Vaccination United Provinces of Agra and Oudh 1902-1913 - 1902-1913
Year: 1902
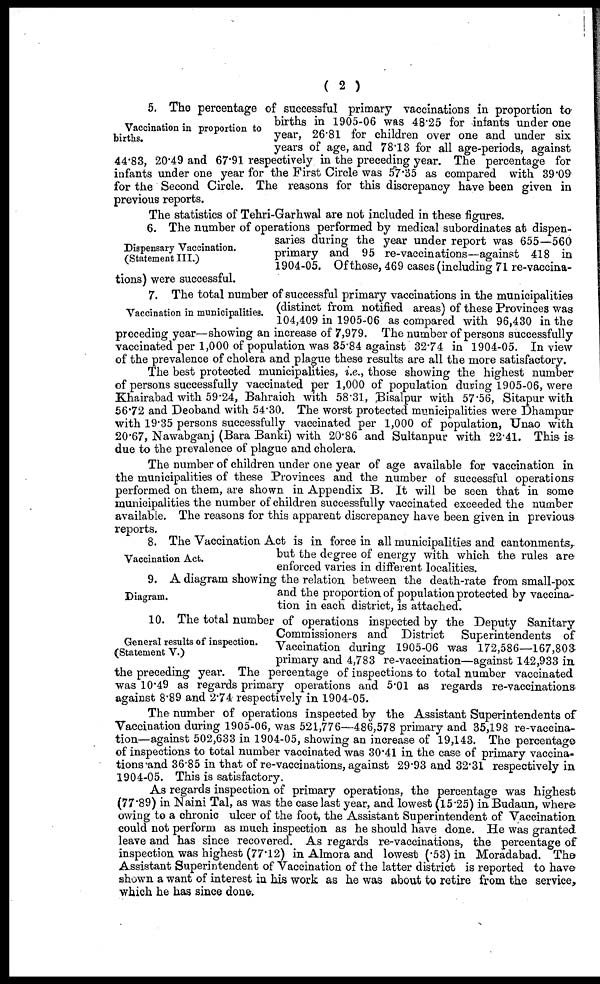
( 2 )
Vaccination in proportion to
births.
5. The percentage of successful primary vaccinations in proportion to
births in 1905-06 was 48.25 for infants under one
year, 26.81 for children over one and under six
years of age, and 78.13 for all age-periods, against
44.83, 20.49 and 67.91 respectively in the preceding year. The percentage for
infants under one year for the First Circle was 57.35 as compared with 39.09
for the Second Circle. The reasons for this discrepancy have been given in
previous reports.
The statistics of Tehri-Garhwal are not included in these figures.
Dispensary Vaccination.
(Statement III.)
6. The number of operations performed by medical subordinates at dispen-
saries during the year under report was 655—560
primary and 95 re-vaccinations—against 418 in
1904-05. Of those, 469 cases (including 71 re-vaccina-
tions) were successful.
Vaccination in municipalities.
7. The total number of successful primary vaccinations in the municipalities
(distinct from notified areas) of these Provinces was
104,409 in 1905-06 as compared with 96,430 in the
preceding year—showing an increase of 7,979. The number of persons successfully
vaccinated per 1,000 of population was 35.84 against 32.74 in 1904-05. In view
of the prevalence of cholera and plague these results are all the more satisfactory.
The best protected municipalities, i.e.., those showing the highest number
of persons successfully vaccinated per 1,000 of population during 1905-06, were
Khairabad with 59.24, Bahraich with 58.31, Bisalpur with 57.56, Sitapur with
56.72 and Deoband with 54.30. The worst protected municipalities were Dhampur
with 19.35 persons successfully vaccinated per 1,000 of population, Unao with
20.67, Nawabganj (Bara Banki) with 20.86 and Sultanpur with 22.41. This is
due to the prevalence of plague and cholera.
The number of children under one year of age available for vaccination in
the municipalities of these Provinces and the number of successful operations
performed on them, are shown in Appendix B. It will be seen that in some
municipalities the number of children successfully vaccinated exceeded the number
available. The reasons for this apparent discrepancy have been given in previous
reports.
Vaccination Act.
8. The Vaccination Act is in force in all municipalities and cantonments,
but the degree of energy with which the rules are
enforced varies in different localities.
Diagram.
9. A diagram showing the relation between the death-rate from small-pox
and the proportion of population protected by vaccina-
tion in each district, is attached.
General results of inspection.
(Statement V.)
10. The total number of operations inspected by the Deputy Sanitary
Commissioners and District Superintendents of
Vaccination during 1905-06 was 172,586—167,803
primary and 4,783 re-vaccination—against 142,933 in
the preceding year. The percentage of inspections to total number vaccinated
was 10.49 as regards primary operations and 5.01 as regards re-vaccinations
against 8.89 and 2.74 respectively in 1904-05.
The number of operations inspected by the Assistant Superintendents of
Vaccination during 1905-06, was 521,776—486,578 primary and 35,198 re-vaccina-
tion—against 502,633 in 1904-05, showing an increase of 19,143. The percentage
of inspections to total number vaccinated was 30.41 in the case of primary vaccina-
tions and 36.85 in that of re-vaccinations, against 29.93 and 32.31 respectively in
1904-05. This is satisfactory.
As regards inspection of primary operations, the percentage was highest
(77.89) in Naini Tal, as was the case last year, and lowest (15.25) in Budaun, where
owing to a chronic ulcer of the foot, the Assistant Superintendent of Vaccination
could not perform as much inspection as he should have done. He was granted
leave and has since recovered. As regards re-vaccinations, the percentage of
inspection was highest (77.12) in Almora and lowest (.53) in Moradabad. The
Assistant Superintendent of Vaccination of the latter district is reported to have
shown a want of interest in his work as he was about to retire from the service,
which he has since done.